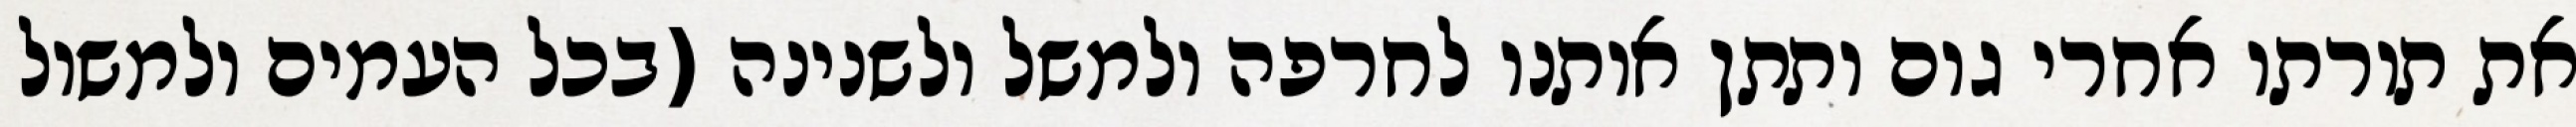
את תורתו אחרי גום ותתן אותנו לחרפה ולמשל ולשנינה (בכל העמים ולמשול